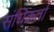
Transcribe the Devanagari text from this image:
संधिकर्ता